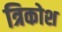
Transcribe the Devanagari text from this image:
त्रिकोश